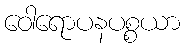
ဝေါရောပနပစ္စယာ